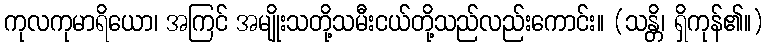
ကုလကုမာရိယော၊ အကြင် အမျိုးသတို့သမီးငယ်တို့သည်လည်းကောင်း။ (သန္တိ၊ ရှိကုန်၏။)